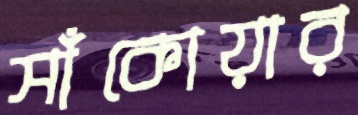
সাঁকোয়ার